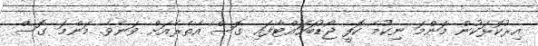
އިރުކޮޅަކުން މަންމަ ނިކުމެ ކޮފީ ޖޯޑުބަހައްޓާފައި ގޮސް އެތެރެއަށް ވަނެވެ. މަންމަ ގޮސް